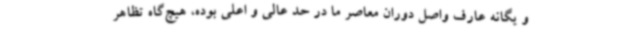
و یگانه عارف واصل دوران معاصر ما در حد عالی و اعلی بوده، هیچ‌گاه تظاهر